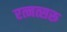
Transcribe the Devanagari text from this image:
रत्नत्सरू